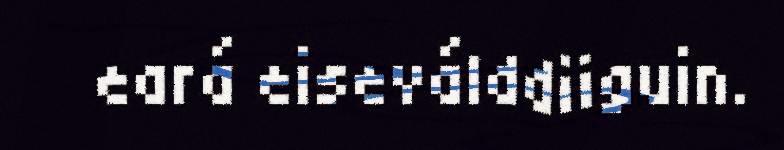
eará eiseválddiiguin.